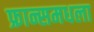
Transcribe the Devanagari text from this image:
फ्रान्समधला